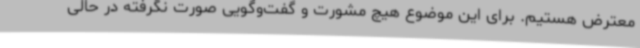
معترض هستیم. برای این موضوع هیچ مشورت و گفت‌وگویی صورت نگرفته در حالی